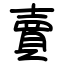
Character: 賣